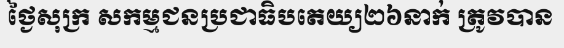
ថ្ងៃសុក្រ សកម្មជនប្រជាធិបតេយ្យ២៦នាក់ ត្រូវបាន